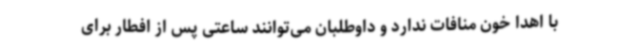
با اهدا خون منافات ندارد و داوطلبان می‌توانند ساعتی پس از افطار برای